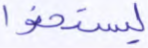
ليستخفوا